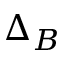
\Delta _ { B }